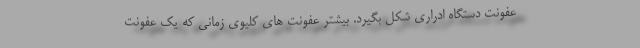
عفونت دستگاه ادراری شکل بگیرد. بیشتر عفونت های کلیوی زمانی که یک عفونت